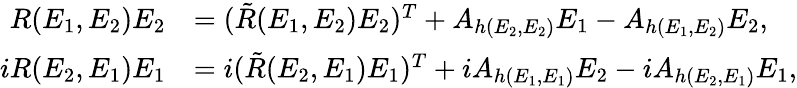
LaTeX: \begin{array}{rl}{R(E_{1},E_{2})E_{2}}&{=(\tilde{R}(E_{1},E_{2})E_{2})^{T}+A_{h(E_{2},E_{2})}E_{1}-A_{h(E_{1},E_{2})}E_{2},}\\ {iR(E_{2},E_{1})E_{1}}&{=i(\tilde{R}(E_{2},E_{1})E_{1})^{T}+iA_{h(E_{1},E_{1})}E_{2}-iA_{h(E_{2},E_{1})}E_{1},}\end{array}